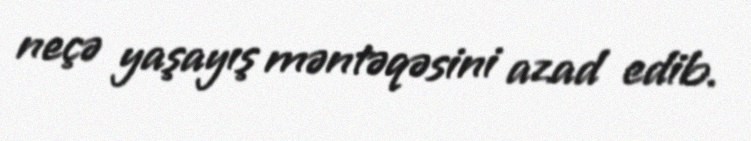
neçə yaşayış məntəqəsini azad edib.